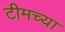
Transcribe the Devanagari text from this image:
टीमच्या